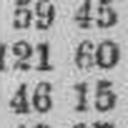
46 15